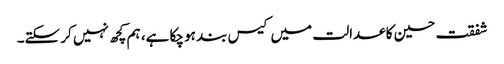
شفقت حسین کا عدالت میں کیس بند ہو چکا ہے، ہم کچھ نہیں کر سکتے۔